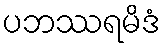
ပဘဿရမိဒံ